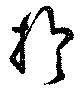
於